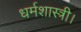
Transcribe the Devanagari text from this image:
धर्मशास्त्री।